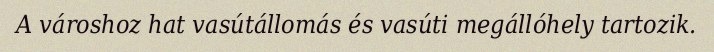
A városhoz hat vasútállomás és vasúti megállóhely tartozik.